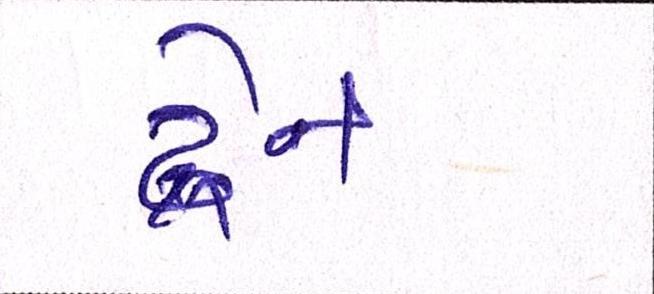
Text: ડ્રેન